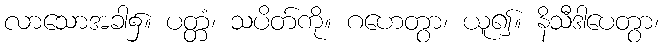
လာသောအခါ၌။ ပတ္တံ၊ သပိတ်ကို။ ဂဟေတွာ၊ ယူ၍။ နိသီဒါပေတွာ၊